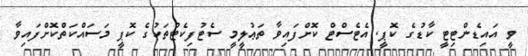
ވީ އައިޑެންޓިޓީ ކާޑުގެ ކޮޕީ